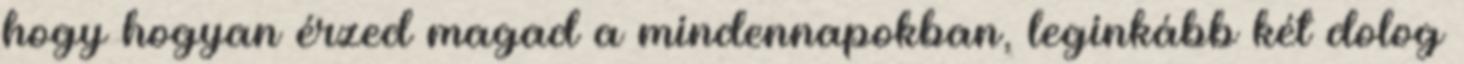
hogy hogyan érzed magad a mindennapokban, leginkább két dolog